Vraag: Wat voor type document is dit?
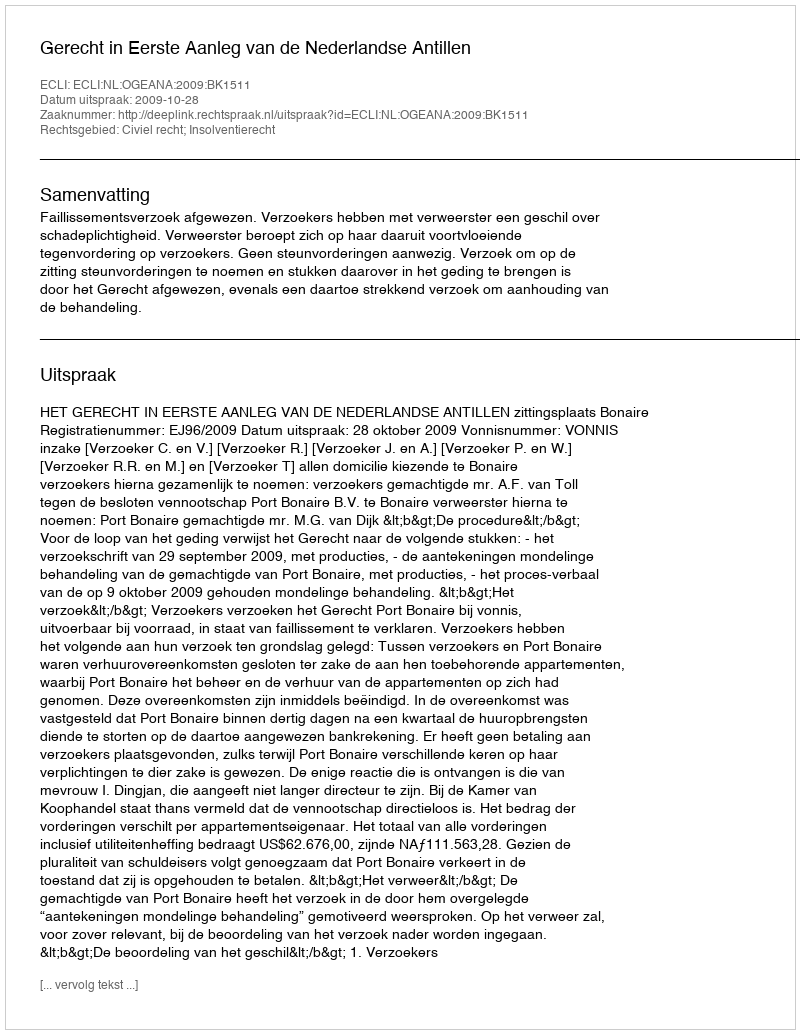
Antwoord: Uitspraak